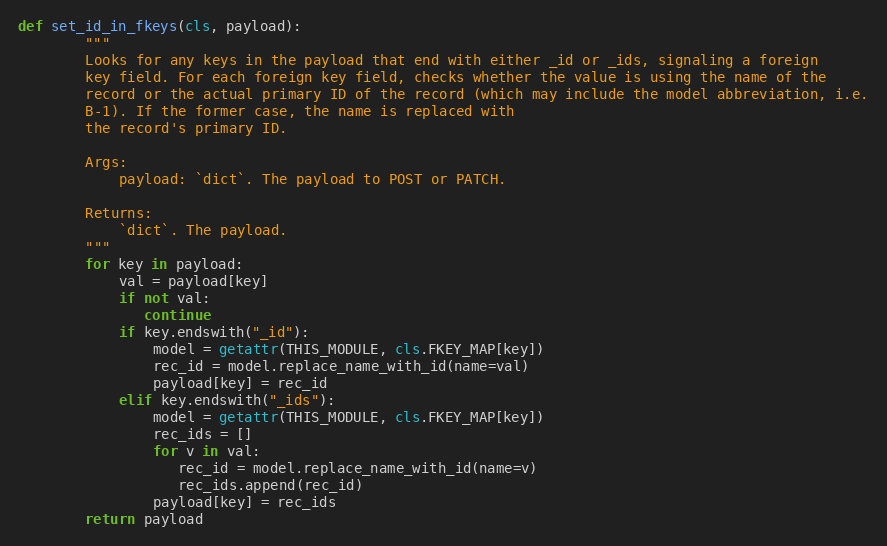
Language: Python
def set_id_in_fkeys(cls, payload):
        """
        Looks for any keys in the payload that end with either _id or _ids, signaling a foreign
        key field. For each foreign key field, checks whether the value is using the name of the
        record or the actual primary ID of the record (which may include the model abbreviation, i.e.
        B-1). If the former case, the name is replaced with
        the record's primary ID.

        Args:
            payload: `dict`. The payload to POST or PATCH.

        Returns:
            `dict`. The payload.
        """
        for key in payload:
            val = payload[key]
            if not val:
               continue
            if key.endswith("_id"):
                model = getattr(THIS_MODULE, cls.FKEY_MAP[key])
                rec_id = model.replace_name_with_id(name=val)
                payload[key] = rec_id
            elif key.endswith("_ids"):
                model = getattr(THIS_MODULE, cls.FKEY_MAP[key])
                rec_ids = []
                for v in val:
                   rec_id = model.replace_name_with_id(name=v)
                   rec_ids.append(rec_id)
                payload[key] = rec_ids
        return payload